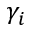
\gamma _ { i }